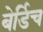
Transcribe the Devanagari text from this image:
बेर्डिच